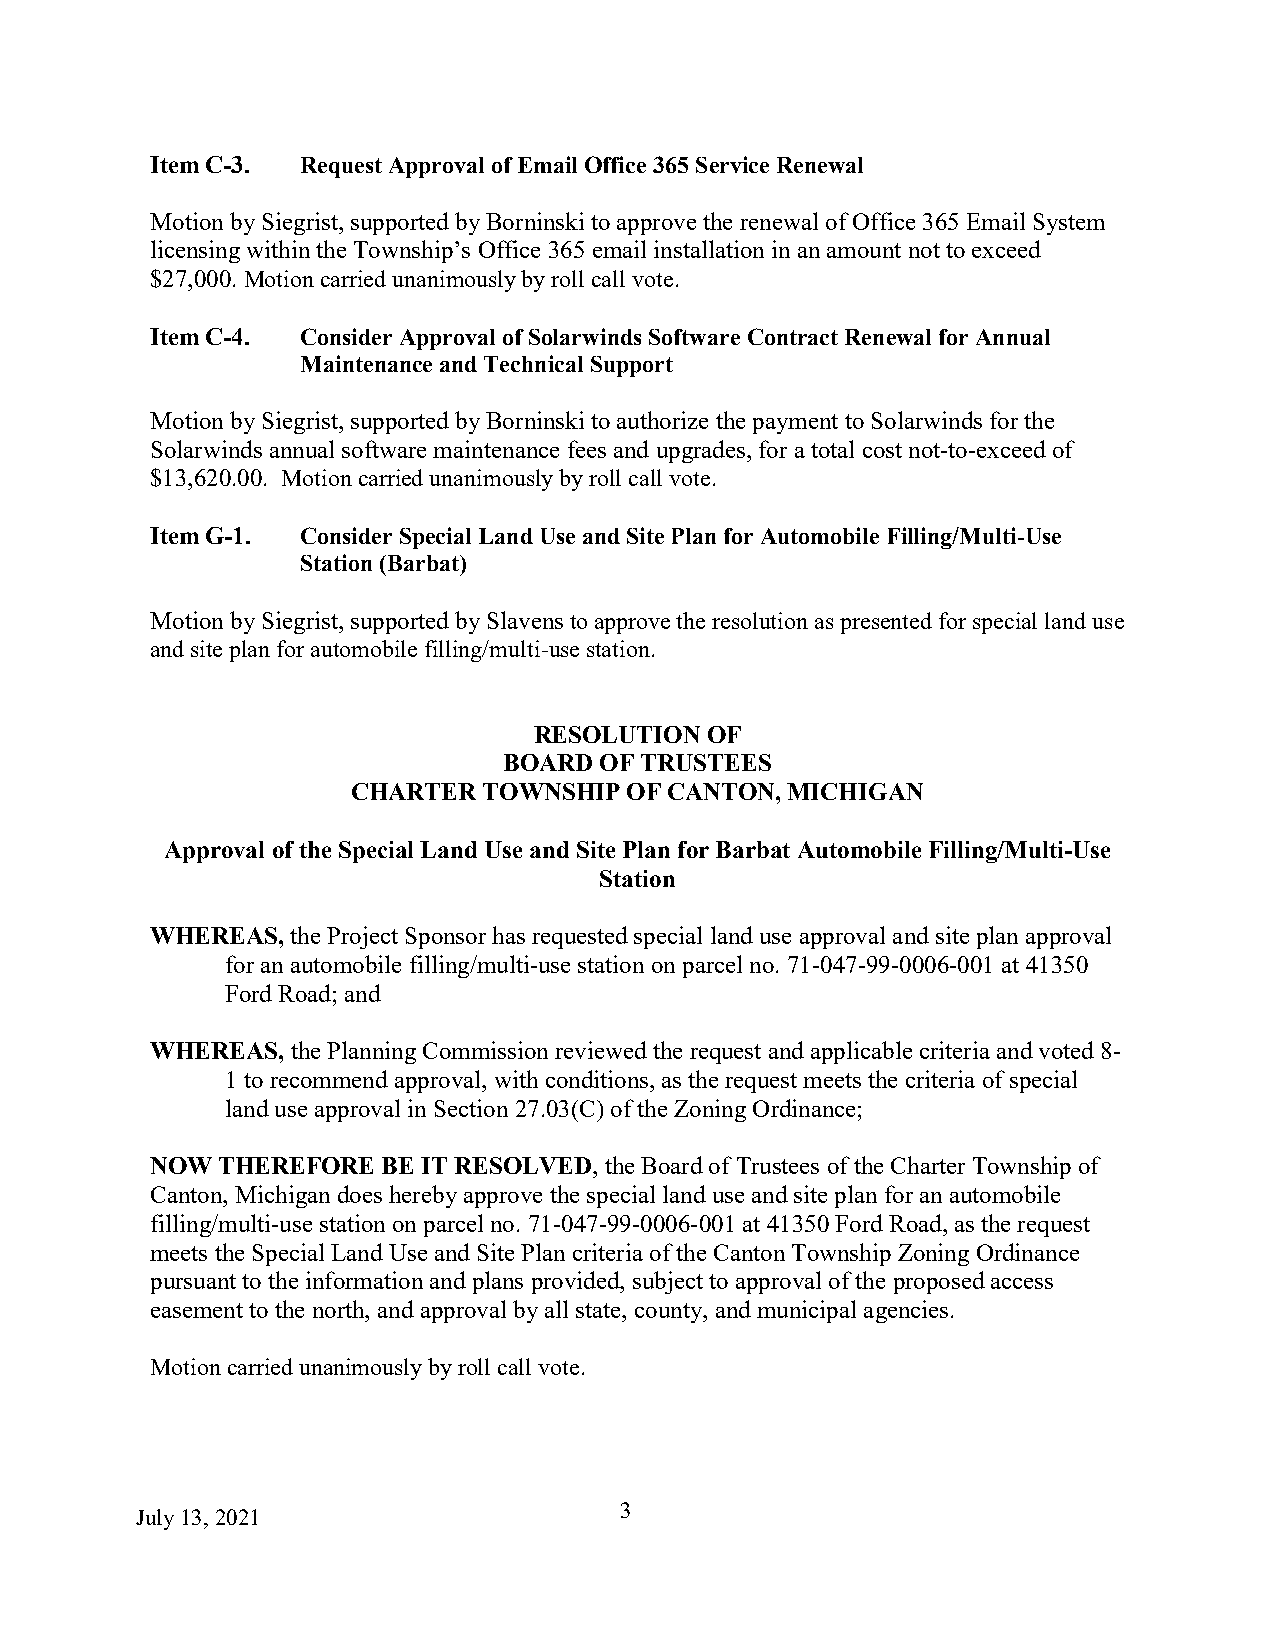
Item C-3. Request Approval of Email Office 365 Service Renewal
 Motion by Siegrist, supported by Borninski to approve the renewal of Office 365 Email System
 licensing within the Township’s Office 365 email installation in an amount not to exceed
 $27,000. Motion carried unanimously by roll call vote.
 Item C-4. Consider Approval of Solarwinds Software Contract Renewal for Annual
 Maintenance and Technical Support
 Motion by Siegrist, supported by Borninski to authorize the payment to Solarwinds for the
 Solarwinds annual software maintenance fees and upgrades, for a total cost not-to-exceed of
 $13,620.00. Motion carried unanimously by roll call vote.
 Item G-1. Consider Special Land Use and Site Plan for Automobile Filling/Multi-Use
 Station (Barbat)
 Motion by Siegrist, supported by Slavens to approve the resolution as presented for special land use
 and site plan for automobile filling/multi-use station.
 RESOLUTION  OF
 BOARD  OF TRUSTEES
 CHARTER  TOWNSHIP OF CANTON, MICHIGAN
 Approval of the Special Land Use and Site Plan for Barbat Automobile Filling/Multi-Use
 Station
 WHEREAS, the Project Sponsor has requested special land use approval and site plan approval
 for an automobile filling/multi-use station on parcel no. 71‐047‐99‐0006‐001 at 41350
 Ford Road; and
 WHEREAS, the Planning Commission reviewed the request and applicable criteria and voted 8-
 1 to recommend approval, with conditions, as the request meets the criteria of special
 land use approval in Section 27.03(C) of the Zoning Ordinance;
 NOW THEREFORE  BE IT RESOLVED, the Board of Trustees of the Charter Township of
 Canton, Michigan does hereby approve the special land use and site plan for an automobile
 filling/multi-use station on parcel no. 71‐047‐99‐0006‐001 at 41350 Ford Road, as the request
 meets the Special Land Use and Site Plan criteria of the Canton Township Zoning Ordinance
 pursuant to the information and plans provided, subject to approval of the proposed access
 easement to the north, and approval by all state, county, and municipal agencies.
 Motion carried unanimously by roll call vote.
 Ju ly 13, 2021
 3